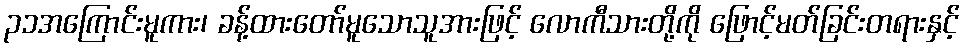
၃၁အကြောင်းမူကား၊ ခန့်ထားတော်မူသောသူအားဖြင့် လောကီသားတို့ကို ဖြောင့်မတ်ခြင်းတရားနှင့်